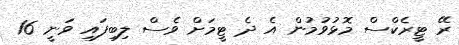
ރޭ ޓީރެކްސް މޮޅުވުމުން އެ ދެ ޓީމަށް ވެސް ލިބިފައި ވަނީ 16